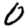
Digit: 0